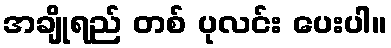
အချိုရည် တစ် ပုလင်း ပေးပါ။